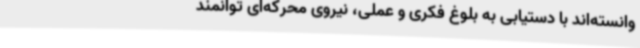
وانسته‌اند با دستیابی به بلوغ فکری و عملی، نیروی محرکه‌ای توانمند